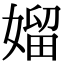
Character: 媹